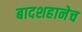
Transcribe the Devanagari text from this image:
बादशहानेच